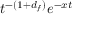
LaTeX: t ^ { - ( 1 + d _ { f } ) } e ^ { - x t }